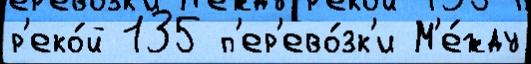
р'еко́й 135 п'ер'ево́зк'и М'е́жду